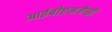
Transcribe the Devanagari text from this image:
आईबीएमजैसी